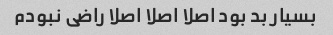
بسیار بد بود اصلا اصلا اصلا راضی نبودم